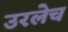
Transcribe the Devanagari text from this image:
उरलेच